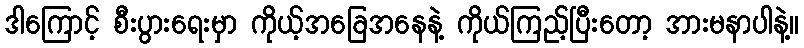
ဒါကြောင့် စီးပွားရေးမှာ ကိုယ့်အခြေအနေနဲ့ ကိုယ်ကြည့်ပြီးတော့ အားမနာပါနဲ့။